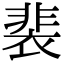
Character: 裴